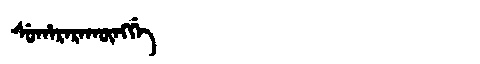
Manchu: ᠰᡠᡥᠠᡵᠠᡵᠠᡴᡡᠩᡤᡝ
Romanization: SUHARARAKŪNGGE